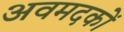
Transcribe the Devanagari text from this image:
अवमदकों